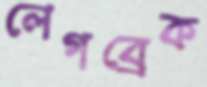
লেগব্রেক